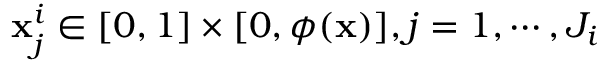
\mathbf { x } _ { j } ^ { i } \in [ 0 , 1 ] \times [ 0 , \phi ( \mathbf { x } ) ] , j = 1 , \cdots , J _ { i }